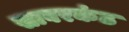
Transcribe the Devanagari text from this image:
साबरकंठ